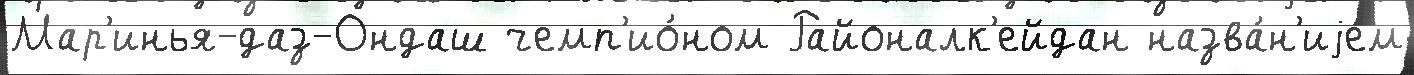
Мар'инья-даз-Ондаш чемп'ио́ном Районалк'ейдан назва́н'иjем